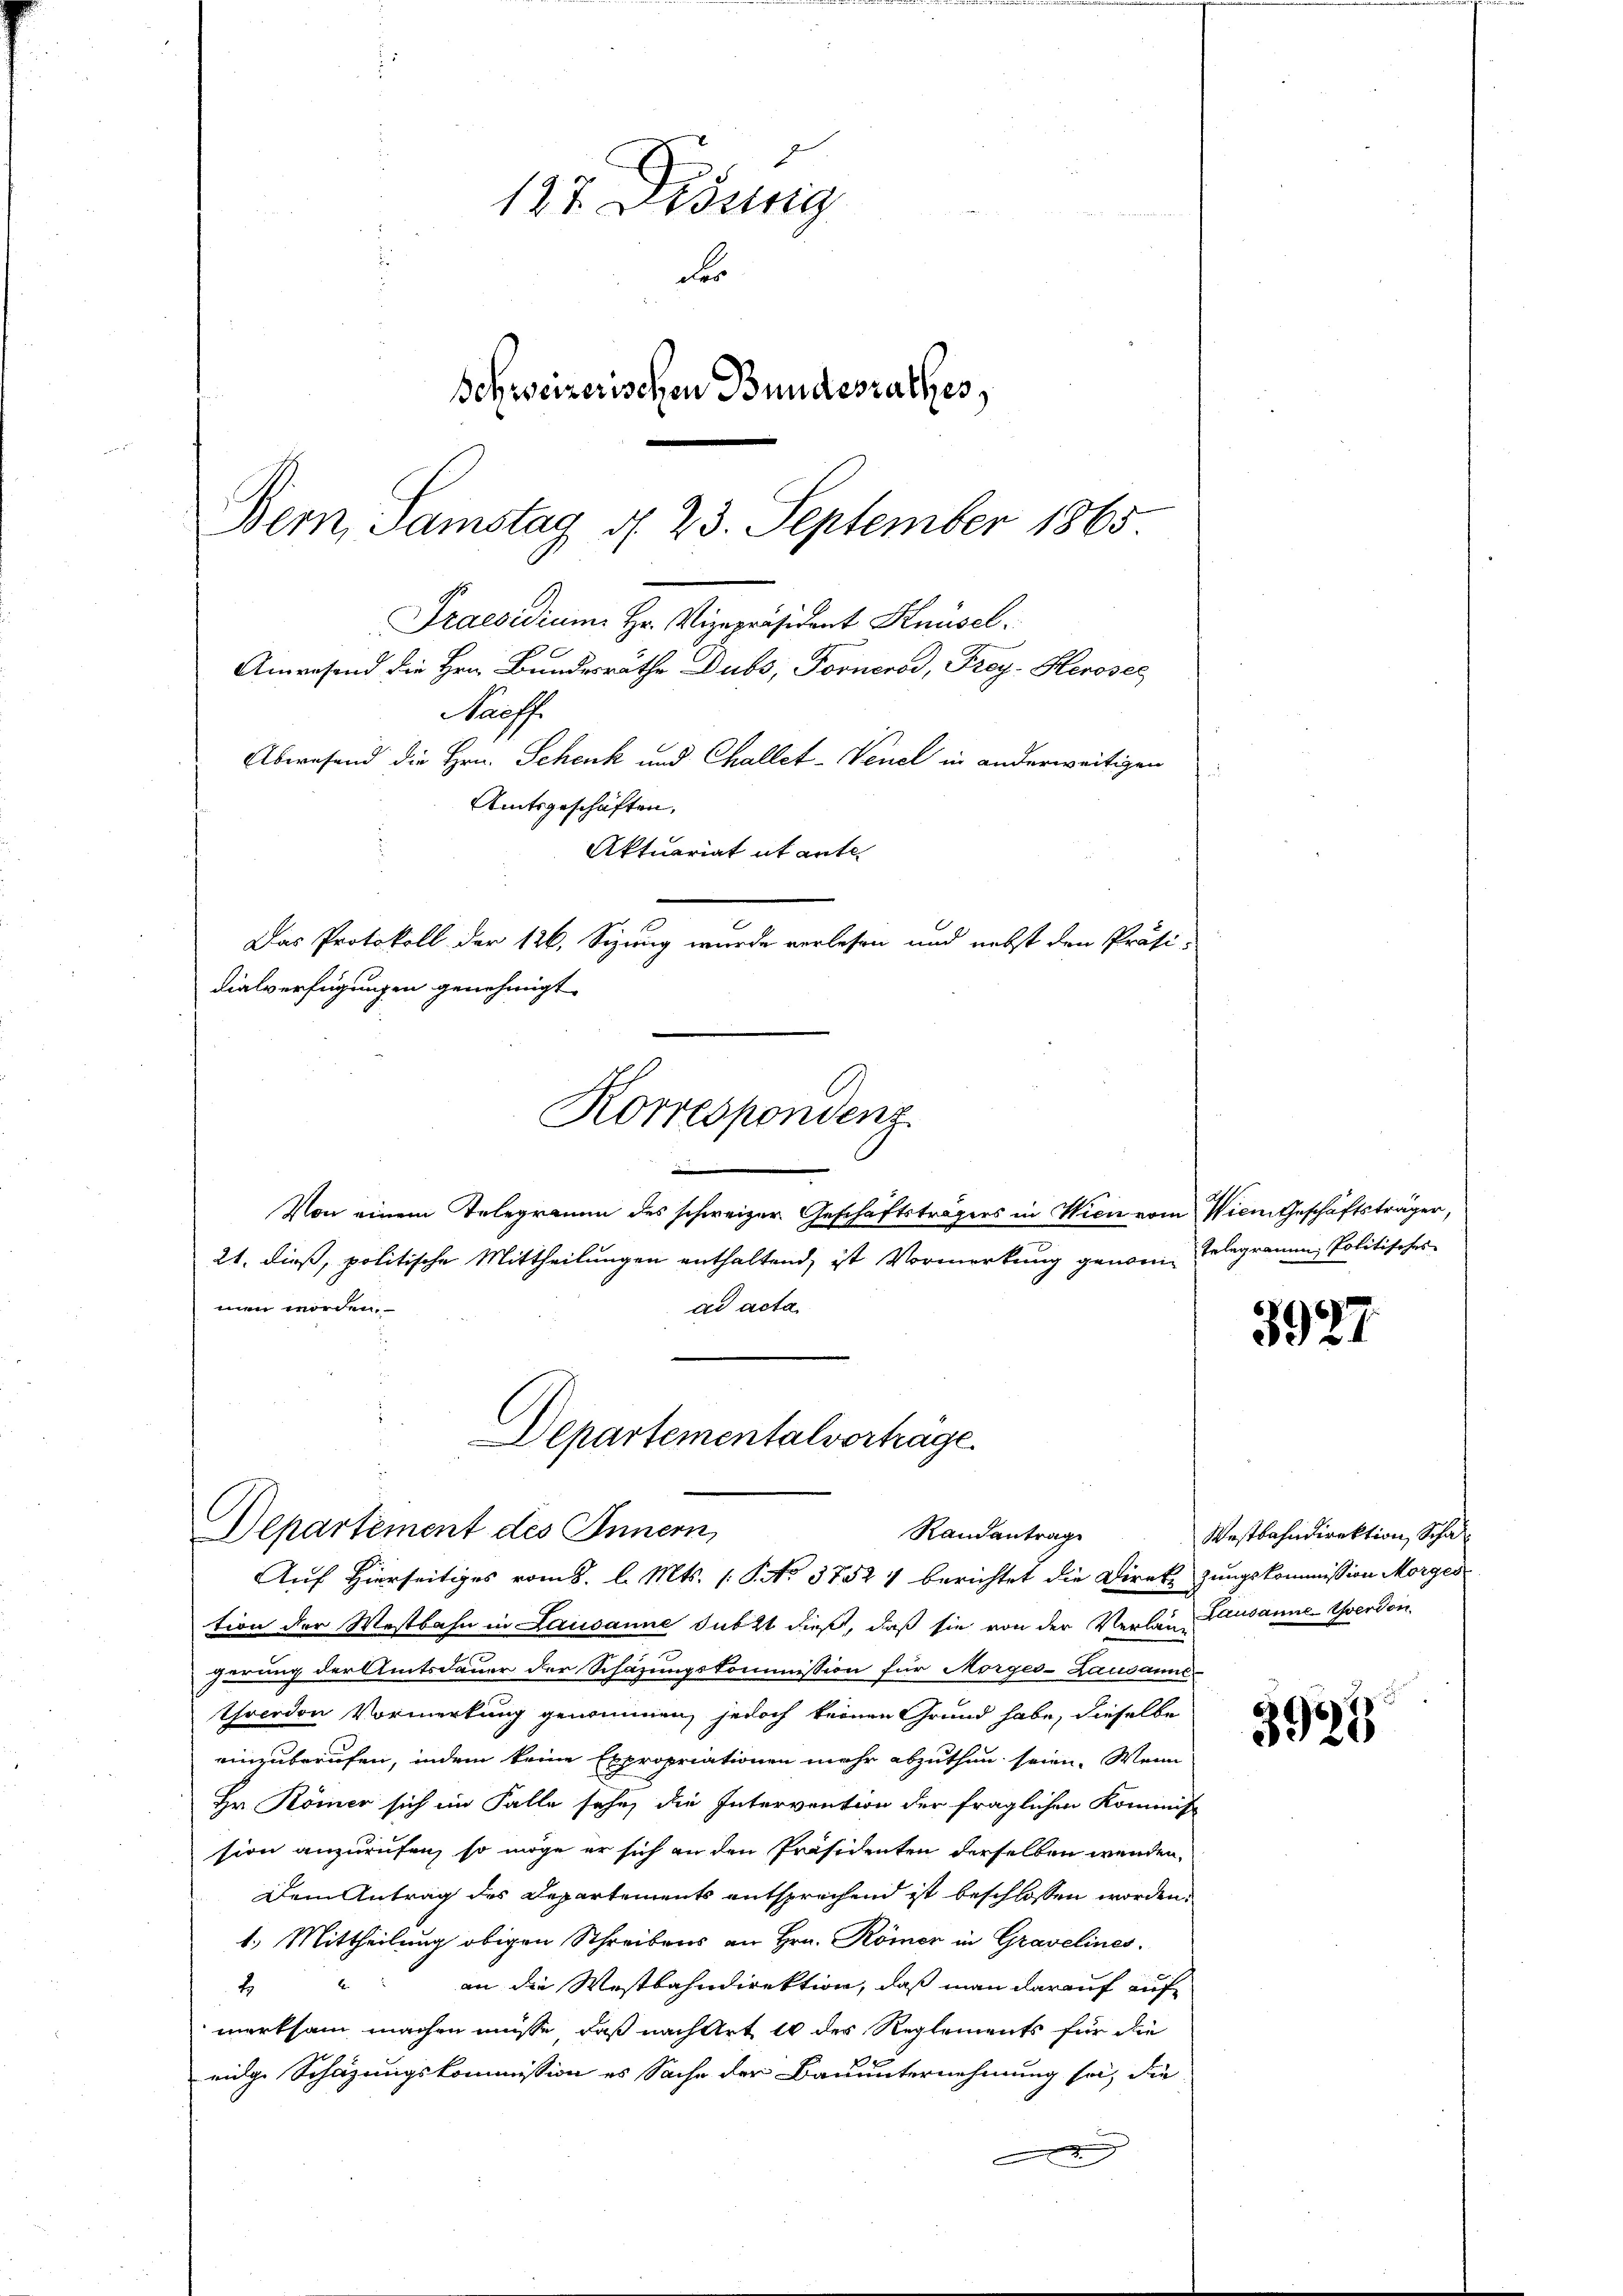
—
Von einem Telegramm des schweizer Geschäftsträgers in Wien vom Wien Geschäftsträger,
21. dieß, politische Mittheilungen enthaltend, ist Vormerkung genome Telegramm, Politisches
ad acta
men worden.

127. Desung
Fer
Schweizerischen Bundesrathes,
Bern, Samstag d. 23. September 1865
Praesidium Hr. Vizepräsident Knüsel
Anwesend die Hrn. Bundesräthe Dubs, Fornerod, Frey- Herosec
aoffe
Abwesend die Hrn. Schenk und Challet-Venel in anderweitigen
¬
Amtsgeschäften,
Aktuariat it ante
Das Protokoll der 126. Sizung wurde verlesen und nebst den Präsi-
dialverfügungen genehmigt.

Korrespondenz

tion der Westbahn in Lausanne subst dieß, daß sie von der Verlan Lausanne-Werdon
zerung der Amtsdauer der Schazungskommission für Morges-Lausanne-
Yverdon Vormerkung genommen, jedoch keinen Grund habe, dieselbe
einzuberufen, indem keine Expropriationen mehr abzuthun seien. Wenn
Hr Römer sich im Falle sehe, die Intervention der fraglichen Kommiss
sion anzurufen, so möge er sich an den Präsidenten derselben werden,
Dem Antrag des Departements entsprechend ist beschlossen worden.
1.) Mittheilung obigen Schreibens an Hrn. Römer in Gravelines
4 " " an die Westbahndirektion, daß man darauf auf
merksam machen müsse, daß nach Art 10 des Reglements für die
mige Schazungskommission es Sache der Bauunternehmung sei, die

Departementalvertrage
Departement des Innern,
Randantrag
Auf Hierseitiges vom 8. l. Mts. S. No 37521 berichtet die Direkt zungskommission Morges

3927

Westbahndirektion, Schal

3925